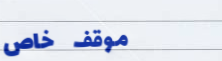
موقف خاص